Annual report on the health of the army in India
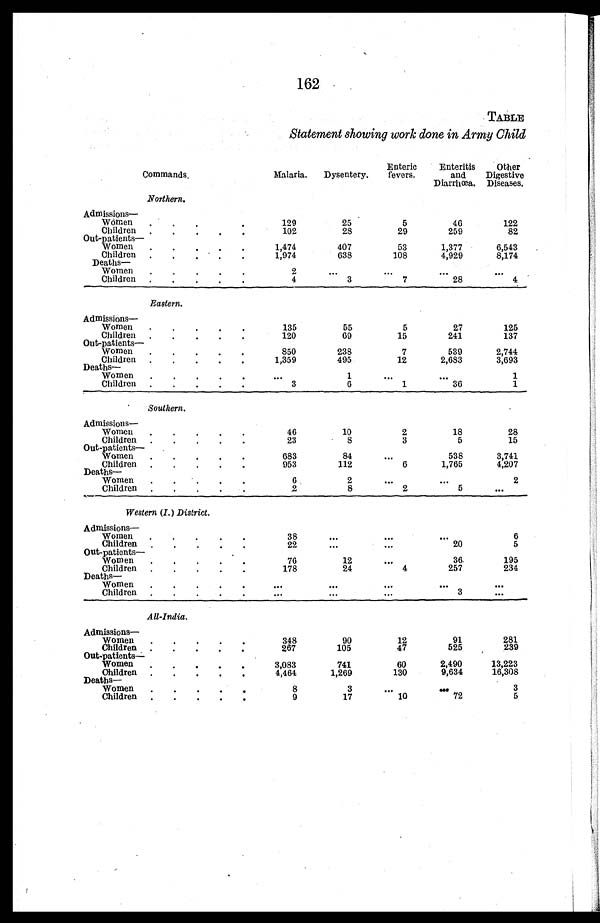
162
TABLE
Statement showing work done in Army Child
Commands.
Malaria.
Dysentery.
Enteric
fevers.
Enteritis
and
Diarrhœa.
Other
Digestive
Diseases.
Northern.
Admissions—Women . . .
129
25
5
46
122
Children .
.
.
102
28
29
259
82
Out-patients
—Women . . . . .
1,474
407
53
1,377
6,543
Children . .
1,974
638
108
4,929
8,174
Deaths—
Women .
.
.
.
.
2
. . .
. . .
. . .
. . .
Children
4
3
7
28
4
Eastern.
Admissions—
Women .
. . . .
135
55
5
27
125
Children
.
..
120
69
15
241
137
Out-patients —
Women .
.
.
850
238
7
539
2,744
Children
.
.
1,359
495
12
2,683
3,693
Deaths
—
Women .
.
.
.
.
. . .
1
. . .
...
1
Children .
.
.
.
.
3
6
1
36
1
Southern.
Admissions—
Women .
.
.
.
.
46
10
2
18
28
Children .
.
.
. .
23
8
3
5
15
Out-patients—
Women .
.
.
.
.
683
84
. . .
538
3,741
Children .
.
.
.
.
953
112
6
1,765
4,207
Deaths—
Women .
. . . .
6
2
. . .
...
2
Children
.
.
.
2
8
2
5
. . .
Western (I.) District.
Admissions—
Women .
.
.
. .
38
. . .
. . .
. . .
6
Children
22
...
. . .
20
5
Out-patients —
Women .
.
.
.
.
76
12
. . .
36
195
Children
178
24
4
257
234
Deaths—
Women .
.
.
.
.
...
. . .
. . .
. . .
...
...
. . . ...
3
...
All-India.
Admissions—
Women
..
.
.
348
90
12
91
281
Children
. . . .
267
105
47
525
2 3 9
Out-patients—
Women .
.
.
.
.
3,083
741
60
2,490
13,223
Children .
.
.
4,464
1,269
130
9,634
16,308
Deaths—
Women ,
.
.
.
.
8
3
. . .
. . .
3
Children
.
.
.
9
17
10
7 2
5